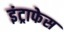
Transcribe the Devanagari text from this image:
इंट्राफेस